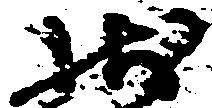
状